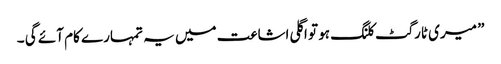
” میری ٹارگٹ کلنگ ہو تو اگلی اشاعت میں یہ تمہارے کام آئے گی ۔